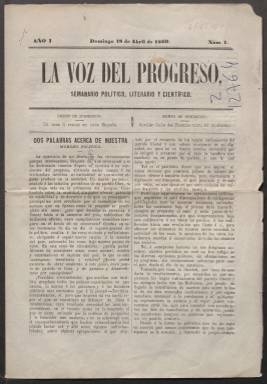
Título: La Voz del progreso (Sevilla)
Colección: Revistas de información general
Ámbito geográfico: Sevilla
Lugar de publicación: Sevilla
Fechas: 18/04/1869-23/05/1869